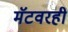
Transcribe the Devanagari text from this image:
मॅटवरही